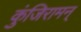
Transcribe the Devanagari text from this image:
कुंजिरामन्